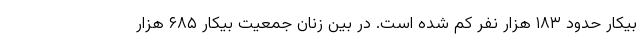
بیکار حدود ۱۸۳ هزار نفر کم شده است. در بین زنان جمعیت بیکار ۶۸۵ هزار